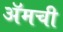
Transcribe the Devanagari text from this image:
ॲमची